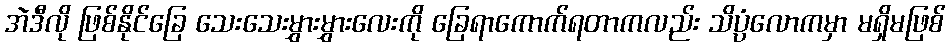
အဲဒီလို ဖြစ်နိုင်ခြေ သေးသေးမွှားမွှားလေးကို ခြေရာကောက်ရတာကလည်း သိပ္ပံလောကမှာ မရှိမဖြစ်